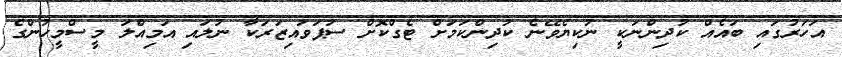
އަހަރުގައި ބައެއް ކުދިންނަކީ ނުކިޔެވޭނެ ކުދިންކަމަށް ޓެގްކޮށް ސުޕަވައިޒަރަކާ ނުލައި އަމިއްލަ މީސްމީހުންގެ